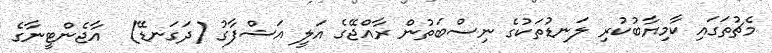
މެޗުތަގައި ކާމިޔާބުކުރި ލަނޑުތަކުގެ ނިސްބަތުން ރާއްޖޭގެ އަލީ އަޝްފާގު (ދަގަނޑޭ)  އާޖެންޓީނާގެ